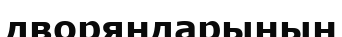
дворяндарының